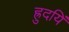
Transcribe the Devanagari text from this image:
ह्रुदयिं